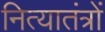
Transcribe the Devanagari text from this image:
नित्यातंत्रों